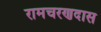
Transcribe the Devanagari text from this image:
रामचरणदास